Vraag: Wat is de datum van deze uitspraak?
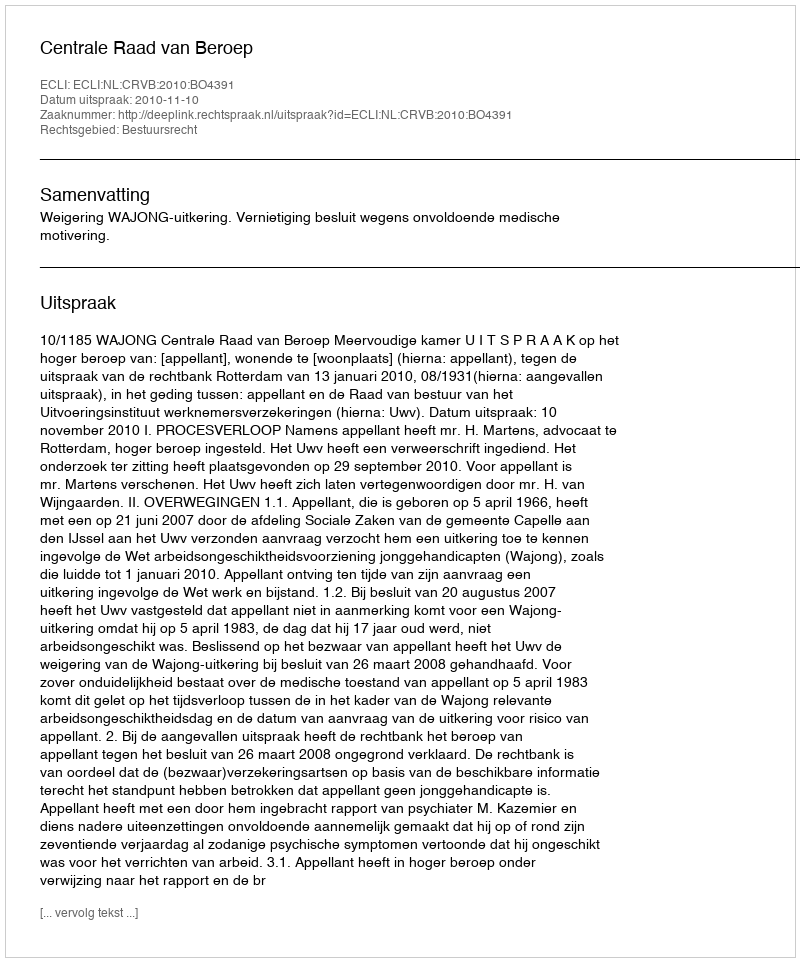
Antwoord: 2010-11-10